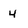
Character: 4